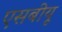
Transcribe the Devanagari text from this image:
एसबीयू